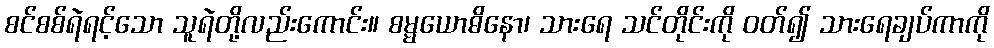
စင်စစ်ရဲရင့်သော သူရဲတို့လည်းကောင်း။ စမ္မယောဓိနော၊ သားရေ သင်တိုင်းကို ဝတ်၍ သားရေချပ်ကာကို